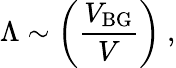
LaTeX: \Lambda\sim\left(\frac{V_{\mathrm{BG}}}{V}\right)\ ,